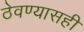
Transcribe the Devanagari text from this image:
ठेवण्यासही